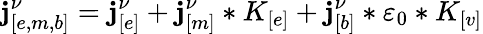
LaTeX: \mathbf{j}_{[e,m,b]}^{\nu}=\mathbf{j}_{[e]}^{\nu}+\mathbf{j}_{[m]}^{\nu}*K_{[e]}+\mathbf{j}_{[b]}^{\nu}*\varepsilon_{0}*K_{[v]}